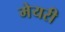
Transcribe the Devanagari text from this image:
मेयरी